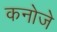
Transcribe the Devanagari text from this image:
कनोजे